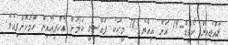
ރާއްޖެއިން ކޯވިޑް-19 އަށް އިއްޔެ 78 މީހަކު ފައްސިވީ ކަމަށް އެހްޕީއޭއިން ހާމަކޮށްފިއެވެ.